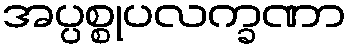
အပ္ပစ္စုပလက္ခဏာ